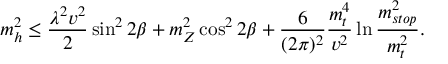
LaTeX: m _ { h } ^ { 2 } \leq \frac { \lambda ^ { 2 } v ^ { 2 } } { 2 } \sin ^ { 2 } { 2 \beta } + m _ { Z } ^ { 2 } \cos ^ { 2 } { 2 \beta } + \frac { 6 } { ( 2 \pi ) ^ { 2 } } \frac { m _ { t } ^ { 4 } } { v ^ { 2 } } \ln { \frac { m _ { s t o p } ^ { 2 } } { m _ { t } ^ { 2 } } } .